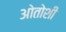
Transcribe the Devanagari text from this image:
ओतोशी